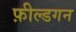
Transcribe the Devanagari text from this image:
फ़ील्डगन